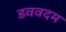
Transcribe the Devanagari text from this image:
डववदम